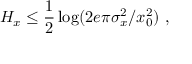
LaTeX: H _ { x } \leq { \frac { 1 } { 2 } } \log ( 2 e \pi \sigma _ { x } ^ { 2 } / x _ { 0 } ^ { 2 } ) ~ ,